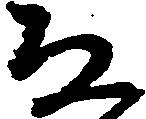
な